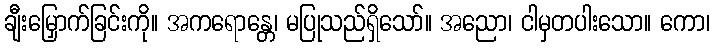
ချီးမြှောက်ခြင်းကို။ အကရောန္တေ၊ မပြုသည်ရှိသော်။ အညော၊ ငါမှတပါးသော။ ကော၊